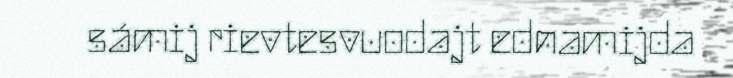
sámij rievtesvuodajt ednamijda